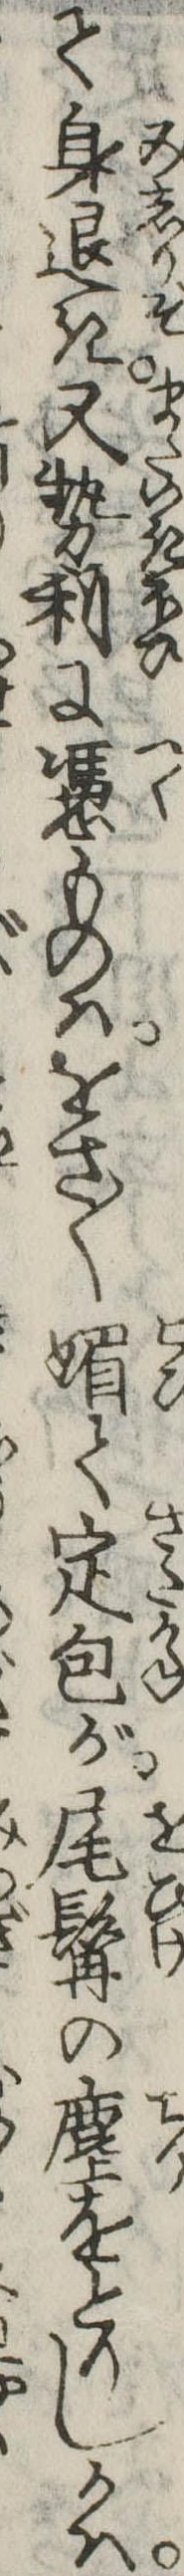
て身退き又勢利に憑ものはをさ〱媚て定包が尾髯の塵をとりしかは